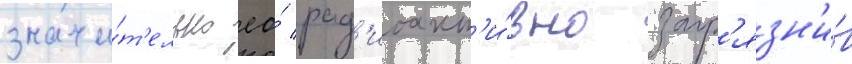
значи́т'ельно ео́ рад'иоакт'и́вно загр'язн'и́в